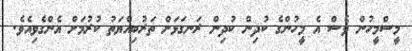
މީސްމީހުން ވެސް އެ މީހުންގެ ކުދިން ކުދިން ރަނގަޅަށް ތަރުބިއްޔަތު ކުރުމަށް އެންގެވިއެވެ.